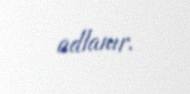
adlanır.